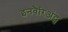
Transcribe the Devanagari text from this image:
इनवैरिअंट्स